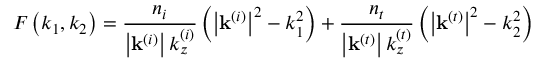
F \left( k _ { 1 } , k _ { 2 } \right) = \frac { n _ { i } } { \left\vert \mathbf { k } ^ { \left( i \right) } \right\vert k _ { z } ^ { \left( i \right) } } \left( \left\vert \mathbf { k } ^ { \left( i \right) } \right\vert ^ { 2 } - k _ { 1 } ^ { 2 } \right) + \frac { n _ { t } } { \left\vert \mathbf { k } ^ { \left( t \right) } \right\vert k _ { z } ^ { \left( t \right) } } \left( \left\vert \mathbf { k } ^ { \left( t \right) } \right\vert ^ { 2 } - k _ { 2 } ^ { 2 } \right)